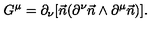
G ^ { \mu } = \partial _ { \nu } [ \vec { n } ( \partial ^ { \nu } \vec { n } \wedge \partial ^ { \mu } \vec { n } ) ] .